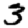
Digit: 3